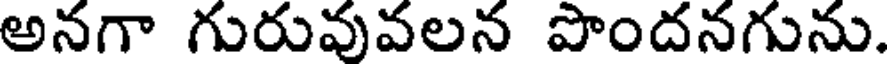
అనగా గురువువలన పొందనగును.